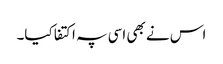
اس نے بھی اسی پہ اکتفا کیا۔